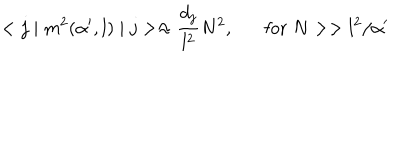
< j \mid m ^ { 2 } ( \alpha ^ { \prime } , l ) \mid j > \approx \frac { d _ { j } } { l ^ { 2 } } N ^ { 2 } , \mathrm { f o r } \; N > > l ^ { 2 } / \alpha ^ { \prime }